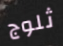
ثلوج